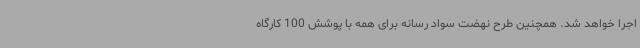
اجرا خواهد شد. همچنین طرح نهضت سواد رسانه برای همه با پوشش 100 کارگاه